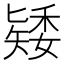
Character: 𥏶